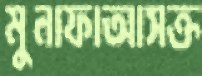
মুনাফাআসক্ত